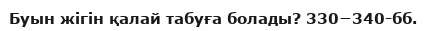
Буын жігін қалай табуға болады? 330−340-бб.